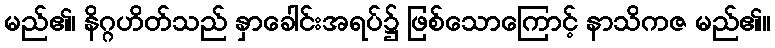
မည်၏၊ နိဂ္ဂဟိတ်သည် နှာခေါင်းအရပ်၌ ဖြစ်သောကြောင့် နာသိကဇ မည်၏။